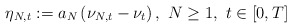
\begin{align*}\eta_{N, t}:= a_{N} \left(\nu_{N, t}- \nu_{t}\right),\ N\geq 1,\ t\in[0, T]\end{align*}